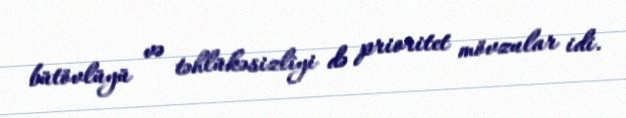
bütövlüyü və təhlükəsizliyi də prioritet mövzular idi.